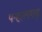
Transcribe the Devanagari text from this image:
पन्हालगढ़